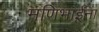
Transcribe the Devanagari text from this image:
मणिभाईंना